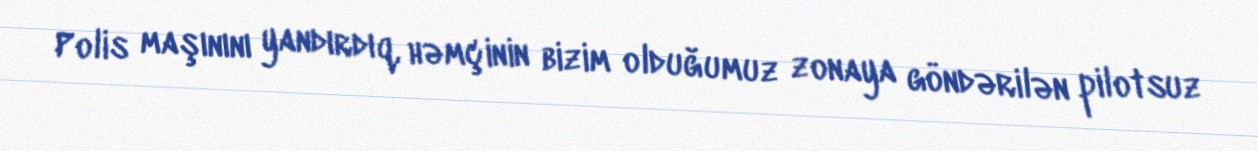
Polis maşınını yandırdıq, həmçinin bizim olduğumuz zonaya göndərilən pilotsuz